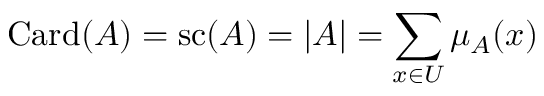
\operatorname { C a r d } ( A ) = \operatorname { s c } ( A ) = | A | = \sum _ { x \in { U } } \mu _ { A } ( x )